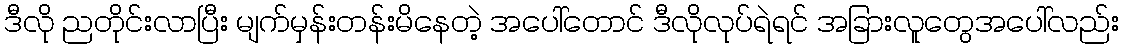
ဒီလို ညတိုင်းလာပြီး မျက်မှန်းတန်းမိနေတဲ့ အပေါ်တောင် ဒီလိုလုပ်ရဲရင် အခြားလူတွေအပေါ်လည်း